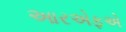
આરએફએ